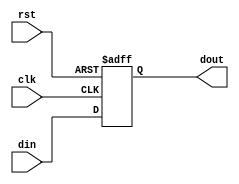
module PIPO_Reg(din,clk,rst,dout);
input [3:0] din;
input clk,rst;
output [3:0] dout;
wire [3:0] din;
wire clk,rst;
reg [3:0] dout;
always @(posedge clk or negedge rst)
begin
if(!rst)
begin
dout <= 4'b0;
end
else 
begin
dout <= din;
end
end
endmodule